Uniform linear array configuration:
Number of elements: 12
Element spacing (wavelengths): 0.25
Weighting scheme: uniform
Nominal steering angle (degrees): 15
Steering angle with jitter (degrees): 15.221
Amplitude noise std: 0.05
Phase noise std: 0.05

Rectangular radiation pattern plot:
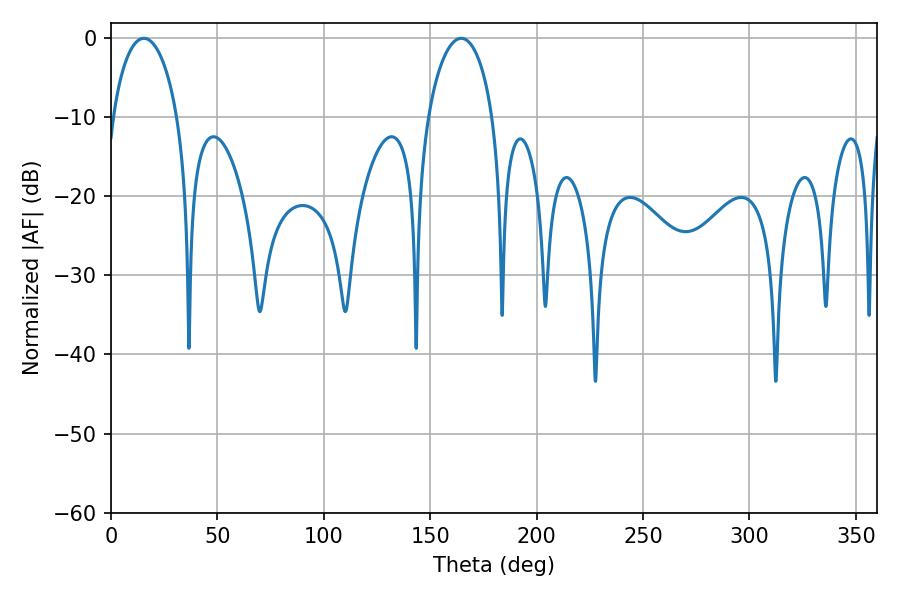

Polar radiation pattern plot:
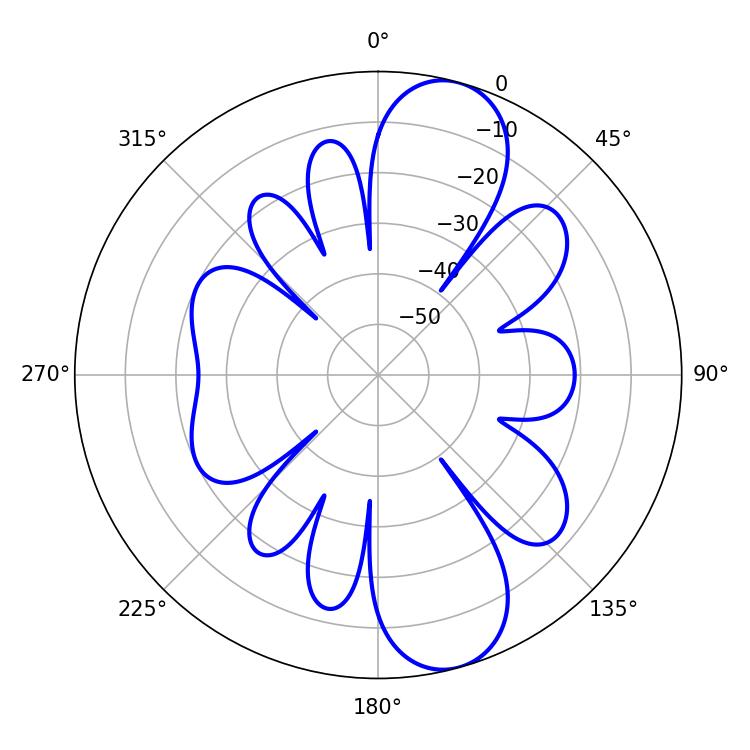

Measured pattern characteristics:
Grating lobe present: FALSE
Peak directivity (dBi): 10.457
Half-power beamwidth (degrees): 17.46
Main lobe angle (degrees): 15.48